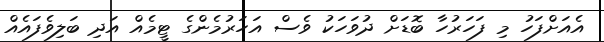
އެއަށްފަހު މި ފަހަރުހާ ބޮޑަށް ދުވަހަކު ވެސް އަހަރުމެންގެ ޓީމެއް އަދި ބަލިވެފައެއް